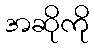
အဆိုကို